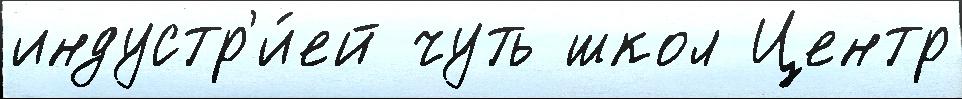
индустр'и́ей чуть школ Центр